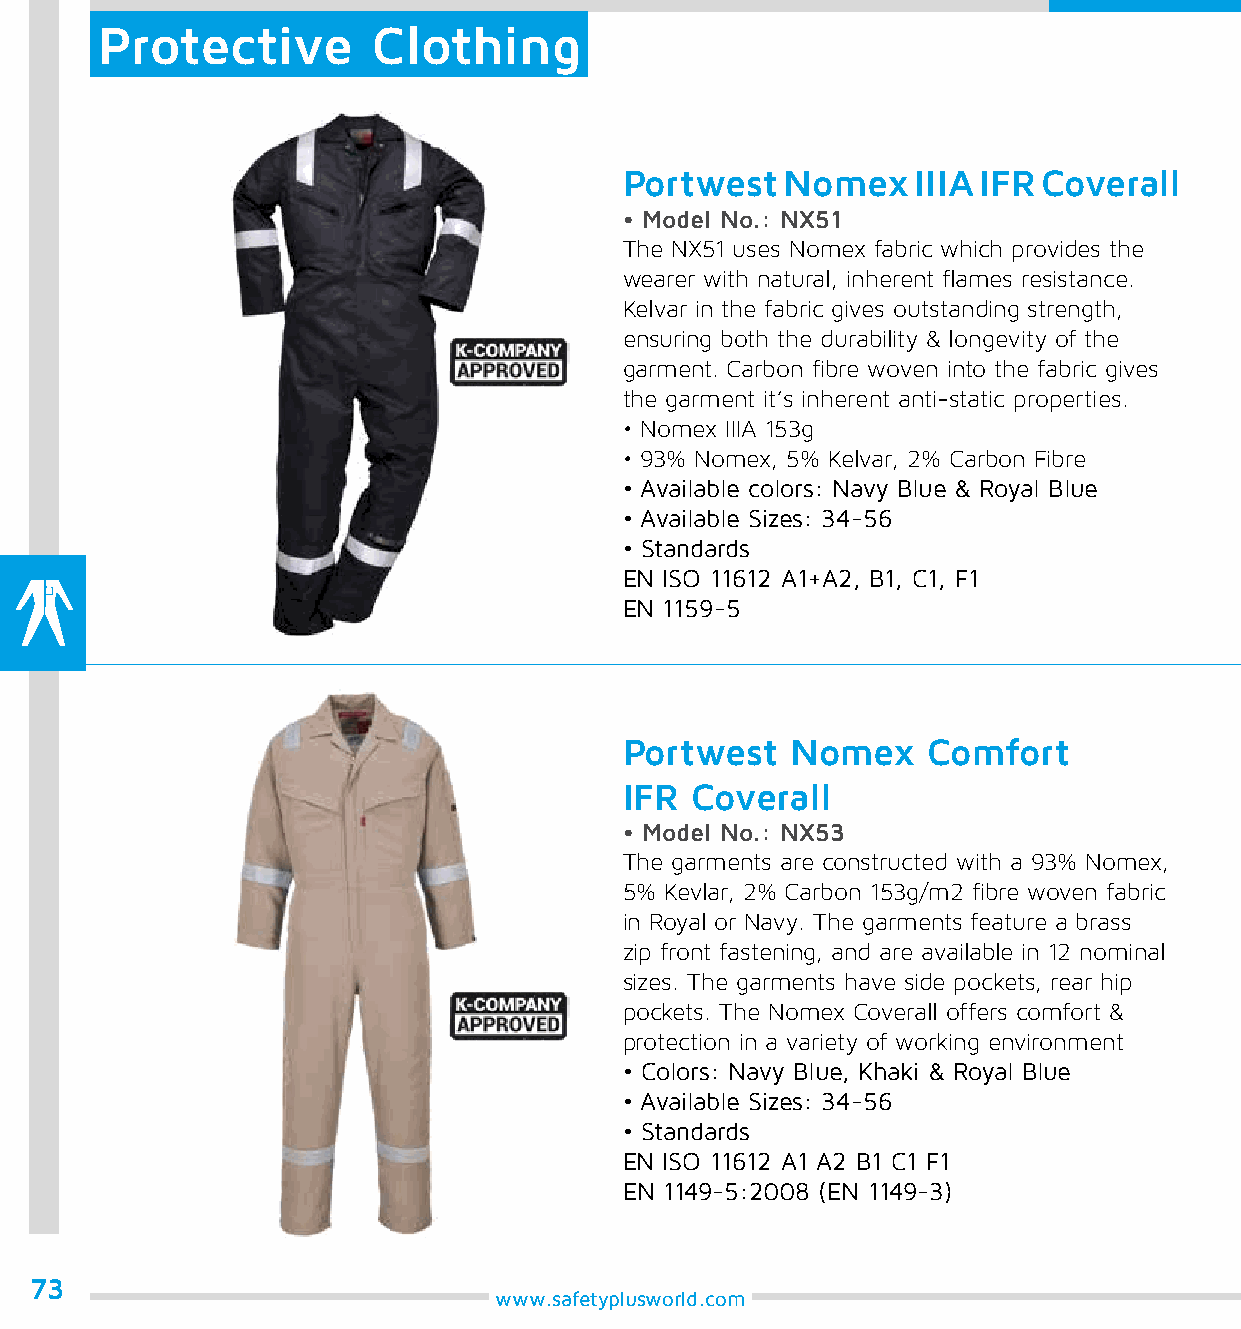
Protective         Clothing
 Portwest   Nomex   IIIA IFR Coverall
 • Model No.: NX51
 The NX51 uses Nomex fabric which provides the
 wearer with natural, inherent flames resistance.
 Kelvar in the fabric gives outstanding strength,
 ensuring both the durability & longevity of the
 garment. Carbon fibre woven into the fabric gives
 the garment it’s inherent anti-static properties.
 • Nomex IIIA 153g
 • 93% Nomex, 5% Kelvar, 2% Carbon Fibre
 • Available colors: Navy Blue & Royal Blue
 • Available Sizes: 34-56
 • Standards
 EN ISO 11612 A1+A2, B1, C1, F1
 EN 1159-5
 Portwest   Nomex    Comfort
 IFR  Coverall
 • Model No.: NX53
 The garments are constructed with a 93% Nomex,
 5% Kevlar, 2% Carbon 153g/m2 fibre woven fabric
 in Royal or Navy. The garments feature a brass
 zip front fastening, and are available in 12 nominal
 sizes. The garments have side pockets, rear hip
 pockets. The Nomex Coverall offers comfort &
 protection in a variety of working environment
 • Colors: Navy Blue, Khaki & Royal Blue
 • Available Sizes: 34-56
 • Standards
 EN ISO 11612 A1 A2 B1 C1 F1
 EN 1149-5:2008 (EN 1149-3)
 73
 www.safetyplusworld.com